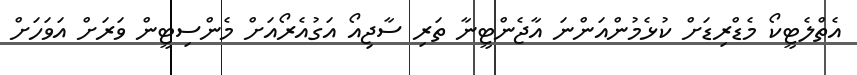
އެތްލެޓީކޯ މެޑްރިޑަށް ކުޅެމުންއަންނަ އާޖެންޓީނާ ތަރި ސާޖިއޯ އަގުއެރޯއަށް މެންސިޓީން ވަރަށް އަވަހަށް